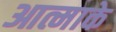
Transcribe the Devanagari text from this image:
आत्माके